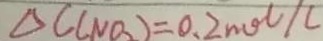
\Delta C ( N O _ { 2 } ) = 0 . 2 m o l / l